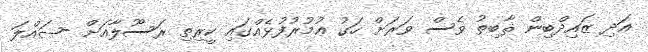
އަދި ޒައިދްބިން ޘާބިތު ވެސް ވަރަށް ހަގު ޢުމުރުފުޅެއްގައި ކީރިތި ރަސޫލާއަށް -ޞައްލަ